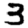
Digit: 3